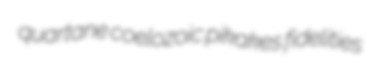
quartane coelozoic pikakes fidelities